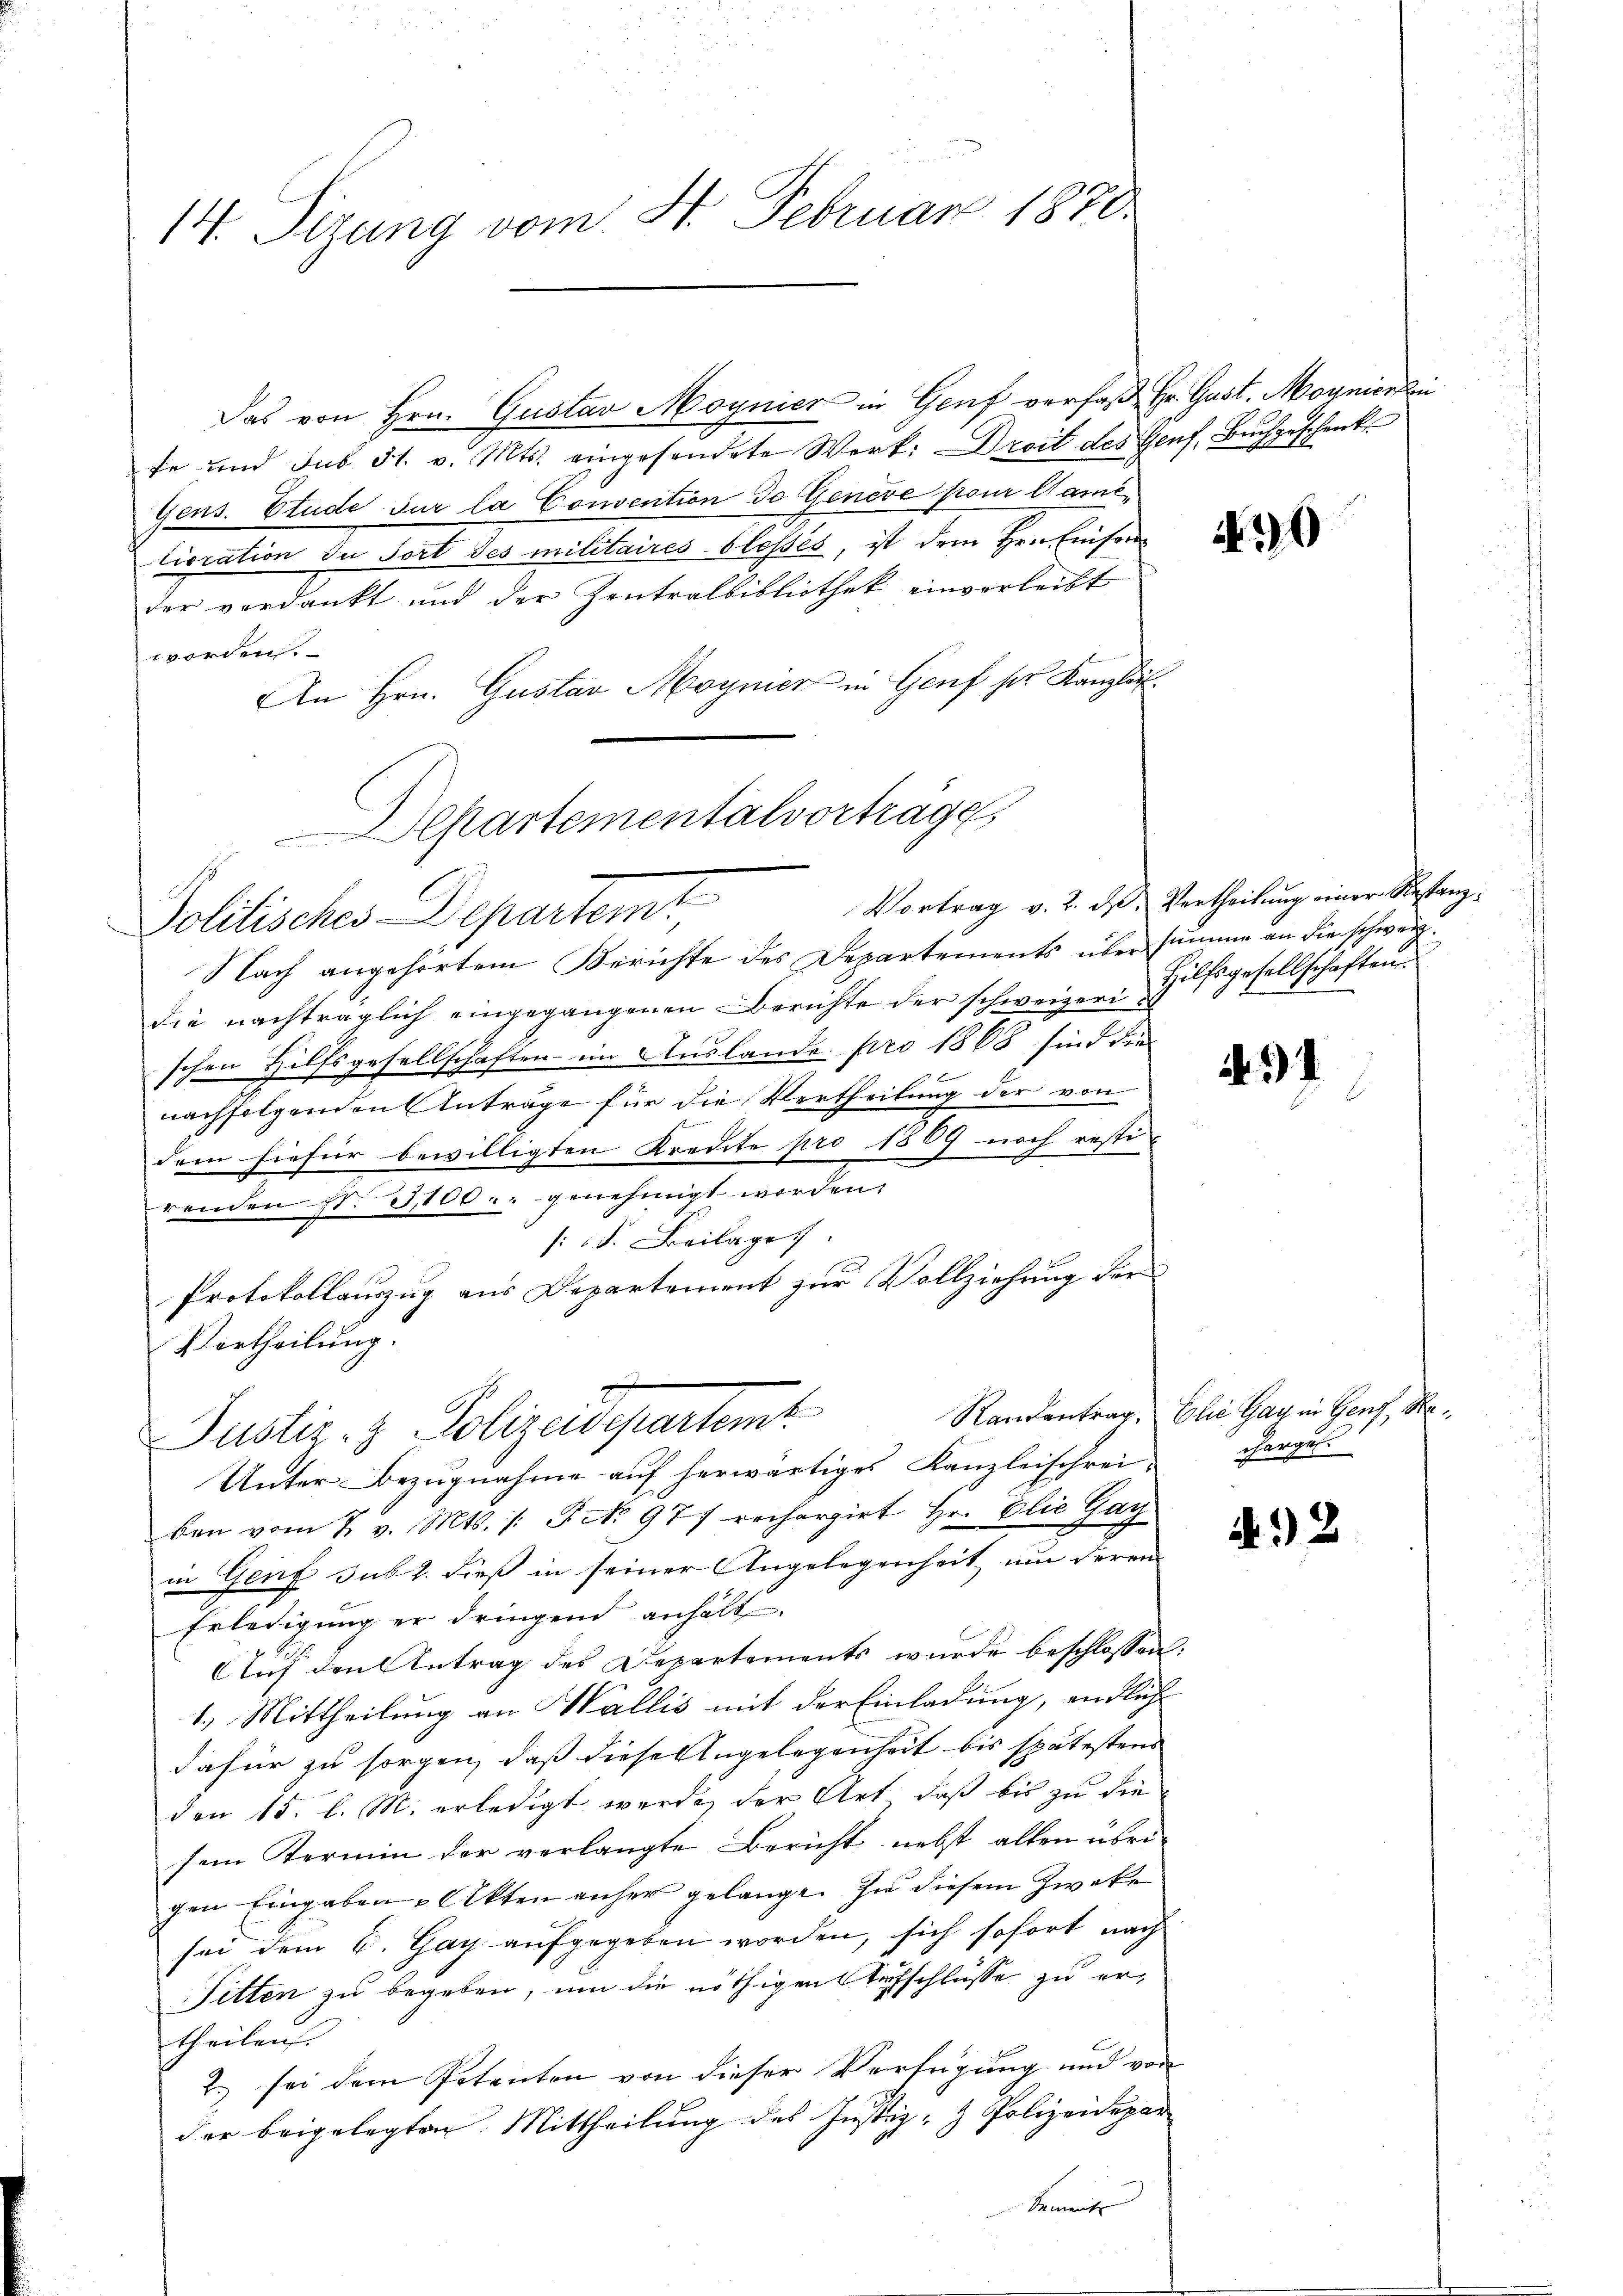
14. Tizung vom 8. Februar 1870

Das von Hrn. Gustav Moynier in Genf verfaß Hr. Gust. Moynierten
fe und sub 31. v. Mts. eingesendete Werk: Droit des Genf. Buchgeschenk
Gens. Etude sur la Convention de Geneve pour Camelioration in Fort des militaires blosses, ist dem Hrn. Einford
der verdankt und der Zentralbibliothek einverleibt
vorde
An Hrn. Gustav Moynier in Genf der Kanzlei
Nach angehörtem Berichte des Departements über summe an die schweiz.
die nachträglich eingegangenen Berichte der schweizerischen Hilfsgesellschaften im Auslande pro 1868 sind die
nachfolgenden Anträge für die Vertheilung der von
dem hiefür bewilligten Kredite pro 1809 noch restirenden s. 3100 u. genehmigt worden.
/d. Beilage
Protokollauszug aus Departement zur Vollziehung der
Vortheilung.
Rankentrag,
Justiz- & Polizeidepartamt
Unter Bezugnahme auf herwärtiges Kanzleischrei-
ben vom 7. v. Mts. /: Frk. 977 rechargirt Hr. Elic Gay
in Genf sub 2. dieß in seiner Angelegenheit um deren
Erledigung er dringend anhalt.
Auf den Antrag des Departements wurde beschlossen
1.) Mittheilung an Wallis mit der Einladung, endlich
dafür zu sorgen, daß diese Angelegenheit bis spätestem
den 15. l. M. erledigt werde, der Art, daß bis zu die
sein Termin der verlangte Bericht nebst allen übrigen Eingaben & Akten anher gelangt. In diesem Zweke
sei dem C. Gay aufgegeben worden, sich sofort nach
Fitten zu begeben, um die nöthigen Tuchschlüsse zu ertheilen.
2. sei dem Petenten von dieser Verfügung und vo
der beigelegten Mittheilung des Justiz- & Polizeidepa
Brement

Departementalvorträge
Politisches Departemt

99

Vortrag v. 2. d. Vertheilung einer Restanz¬
Hilfsgesellschaften

5)

Elie Gau in Genf, Recharges.

A.2